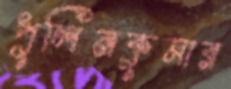
পুলিনকুমার